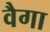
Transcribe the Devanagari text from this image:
वैगा